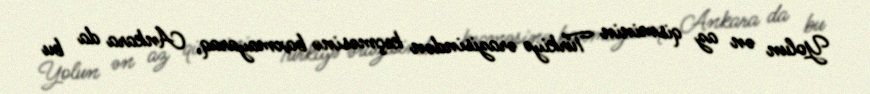
Yolun ən az qisminin Türkiyə ərazisindən keçməsinə baxmayaraq, Ankara da bu